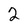
Character: 2